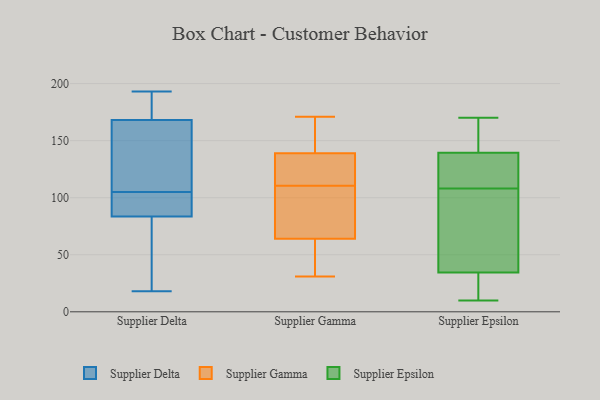
{"axis": {"x": "Budget (USD K)", "y": "Value"}, "legend": ["Supplier Delta", "Supplier Epsilon", "Supplier Gamma"], "data": [{"x": "", "y": 182, "type": "Supplier Delta"}, {"x": "", "y": 80, "type": "Supplier Delta"}, {"x": "", "y": 100, "type": "Supplier Delta"}, {"x": "", "y": 62, "type": "Supplier Delta"}, {"x": "", "y": 101, "type": "Supplier Delta"}, {"x": "", "y": 18, "type": "Supplier Delta"}, {"x": "", "y": 109, "type": "Supplier Delta"}, {"x": "", "y": 124, "type": "Supplier Delta"}, {"x": "", "y": 87, "type": "Supplier Delta"}, {"x": "", "y": 170, "type": "Supplier Delta"}, {"x": "", "y": 68, "type": "Supplier Delta"}, {"x": "", "y": 166, "type": "Supplier Delta"}, {"x": "", "y": 187, "type": "Supplier Delta"}, {"x": "", "y": 128, "type": "Supplier Delta"}, {"x": "", "y": 193, "type": "Supplier Delta"}, {"x": "", "y": 91, "type": "Supplier Delta"}, {"x": "", "y": 124, "type": "Supplier Gamma"}, {"x": "", "y": 139, "type": "Supplier Gamma"}, {"x": "", "y": 137, "type": "Supplier Gamma"}, {"x": "", "y": 118, "type": "Supplier Gamma"}, {"x": "", "y": 142, "type": "Supplier Gamma"}, {"x": "", "y": 34, "type": "Supplier Gamma"}, {"x": "", "y": 171, "type": "Supplier Gamma"}, {"x": "", "y": 42, "type": "Supplier Gamma"}, {"x": "", "y": 97, "type": "Supplier Gamma"}, {"x": "", "y": 31, "type": "Supplier Gamma"}, {"x": "", "y": 64, "type": "Supplier Gamma"}, {"x": "", "y": 151, "type": "Supplier Gamma"}, {"x": "", "y": 88, "type": "Supplier Gamma"}, {"x": "", "y": 103, "type": "Supplier Gamma"}, {"x": "", "y": 36, "type": "Supplier Epsilon"}, {"x": "", "y": 99, "type": "Supplier Epsilon"}, {"x": "", "y": 108, "type": "Supplier Epsilon"}, {"x": "", "y": 10, "type": "Supplier Epsilon"}, {"x": "", "y": 46, "type": "Supplier Epsilon"}, {"x": "", "y": 30, "type": "Supplier Epsilon"}, {"x": "", "y": 141, "type": "Supplier Epsilon"}, {"x": "", "y": 28, "type": "Supplier Epsilon"}, {"x": "", "y": 126, "type": "Supplier Epsilon"}, {"x": "", "y": 149, "type": "Supplier Epsilon"}, {"x": "", "y": 139, "type": "Supplier Epsilon"}, {"x": "", "y": 157, "type": "Supplier Epsilon"}, {"x": "", "y": 81, "type": "Supplier Epsilon"}, {"x": "", "y": 121, "type": "Supplier Epsilon"}, {"x": "", "y": 170, "type": "Supplier Epsilon"}, {"x": "", "y": 124, "type": "Supplier Epsilon"}, {"x": "", "y": 13, "type": "Supplier Epsilon"}]}